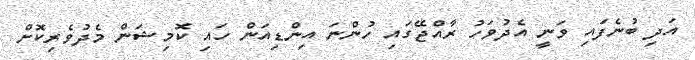
އަދި ބުނެފައި ވަނީ އެދުވަހު ރާއްޖޭގައި ހުންނަ އިންޑިއަން ހައި ކޮމިޝަން މެދުވެރިކޮށް